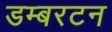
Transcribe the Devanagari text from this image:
डम्बरटन